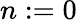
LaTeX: n:=0